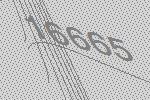
16665